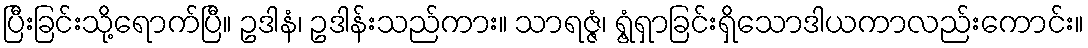
ပြီးခြင်းသို့ရောက်ပြီ။ ဥဒါနံ၊ ဥဒါန်းသည်ကား။ သာရဇ္ဇံ၊ ရွံ့ရှာခြင်းရှိသောဒါယကာလည်းကောင်း။